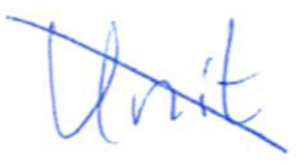
Text: Unit
Cross-out: diagonal
Writing tool: ballpoint